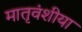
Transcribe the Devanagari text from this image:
मातृवंशीया